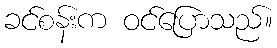
ခင်စန်းက ဝင်ပြောသည်။